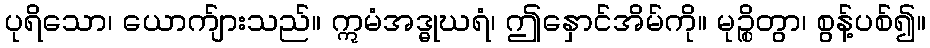
ပုရိသော၊ ယောက်ျားသည်။ ဣမံအဒ္ဓုဃရံ၊ ဤနှောင်အိမ်ကို။ မုဉ္စိတွာ၊ စွန့်ပစ်၍။